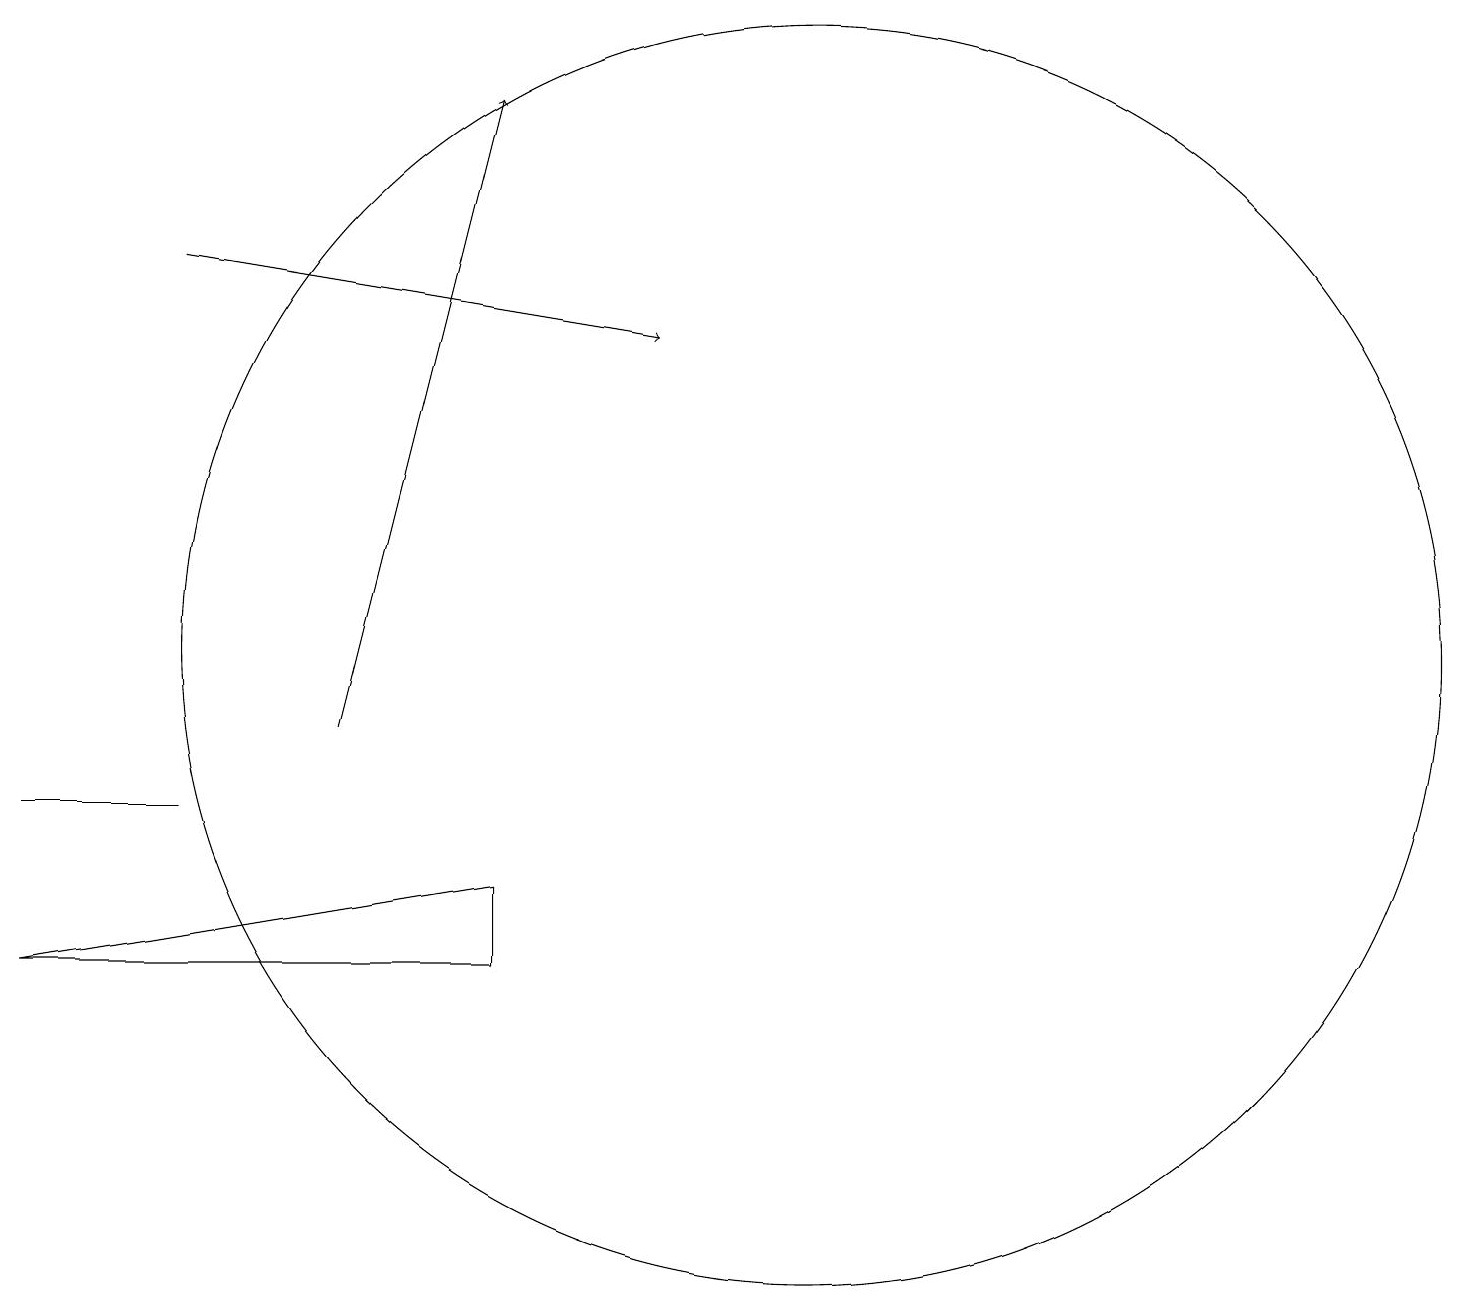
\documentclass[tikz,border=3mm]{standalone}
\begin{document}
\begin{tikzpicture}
\draw (10,12) circle (8);
\draw (2,10) rectangle (0,10);
\draw[->] (4,11) -- (6,19);
\draw (0,8) -- (6,8) -- (6,9) -- cycle;
\draw[->] (2,17) -- (8,16);
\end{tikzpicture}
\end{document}